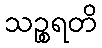
သဉ္စရတိ